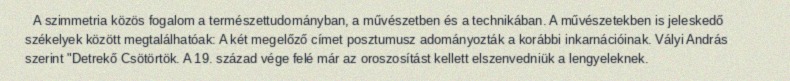
A szimmetria közös fogalom a természettudományban, a művészetben és a technikában. A művészetekben is jeleskedő székelyek között megtalálhatóak: A két megelőző címet posztumusz adományozták a korábbi inkarnációinak. Vályi András szerint "Detrekő Csötörtök. A 19. század vége felé már az oroszosítást kellett elszenvedniük a lengyeleknek.